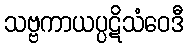
သဗ္ဗကာယပ္ပဋိသံဝေဒီ